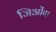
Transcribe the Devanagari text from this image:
जिओंग